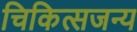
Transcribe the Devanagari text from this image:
चिकित्सजन्य